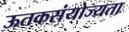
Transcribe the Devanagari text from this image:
ऊतकसंयोज्यता